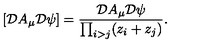
\left[ { \cal D } A _ { \mu } { \cal D } \psi \right] = \frac { { \cal D } A _ { \mu } { \cal D } \psi } { \prod _ { i > j } ( z _ { i } + z _ { j } ) } .